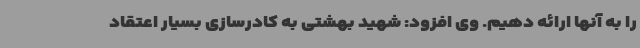
را به آنها ارائه دهیم. وی افزود: شهید بهشتی به کادرسازی بسیار اعتقاد